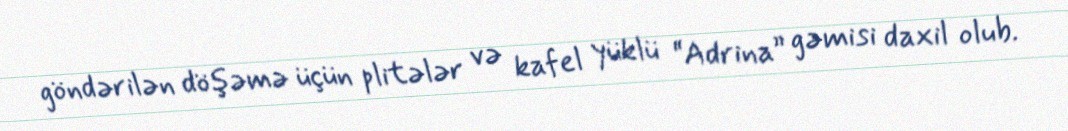
göndərilən döşəmə üçün plitələr və kafel yüklü “Adrina” gəmisi daxil olub.